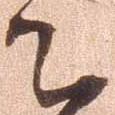
て